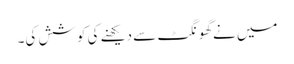
میں نےگھونگٹ سے دیکھنے کی کوشش کی۔